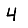
Digit: 4